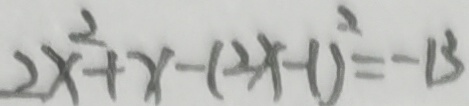
2 x ^ { 2 } + x - ( 2 x - 1 ) ^ { 2 } = - 1 3